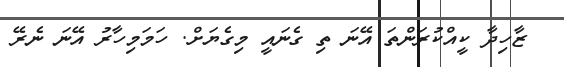
ޒާހިދާ ކީއްކުރަންތަ އޭނަ ތި ގެނައީ މިގެޔަށް. ހަމަމިހާރު އޭނަ ނެރޭ